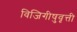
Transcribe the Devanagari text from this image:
विजिगीषुवृत्ती